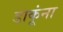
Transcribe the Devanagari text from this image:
डाकूंना